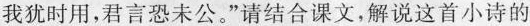
我犹时用，君言恐未公。”请结合课文，解说这首小诗的